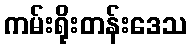
ကမ်းရိုးတန်းဒေသ